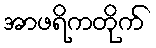
အာဖရိကတိုက်